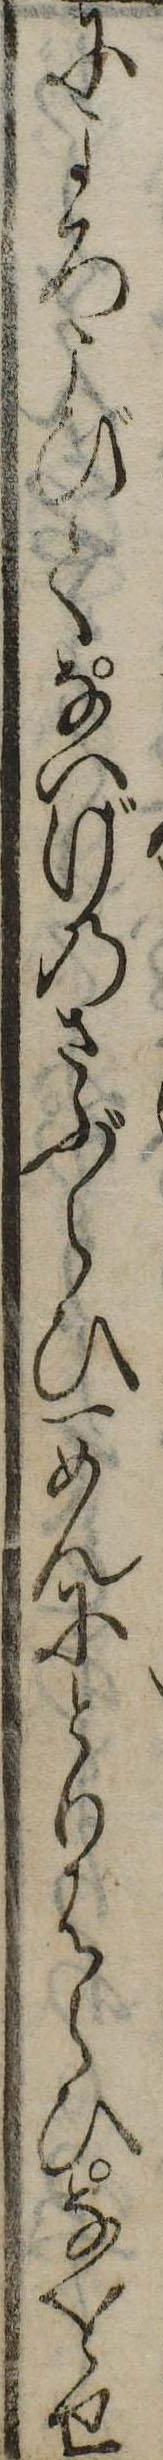
によろこびてないげのさぶらひ一めんにとりはらひなをせ